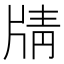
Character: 𰠟